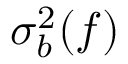
\sigma _ { b } ^ { 2 } ( f )